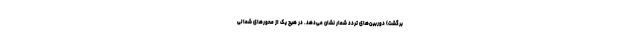
برگشت) دوربین‌های تردد شمار نشان می‌دهد. در هیچ یک از محور‌های شمالی